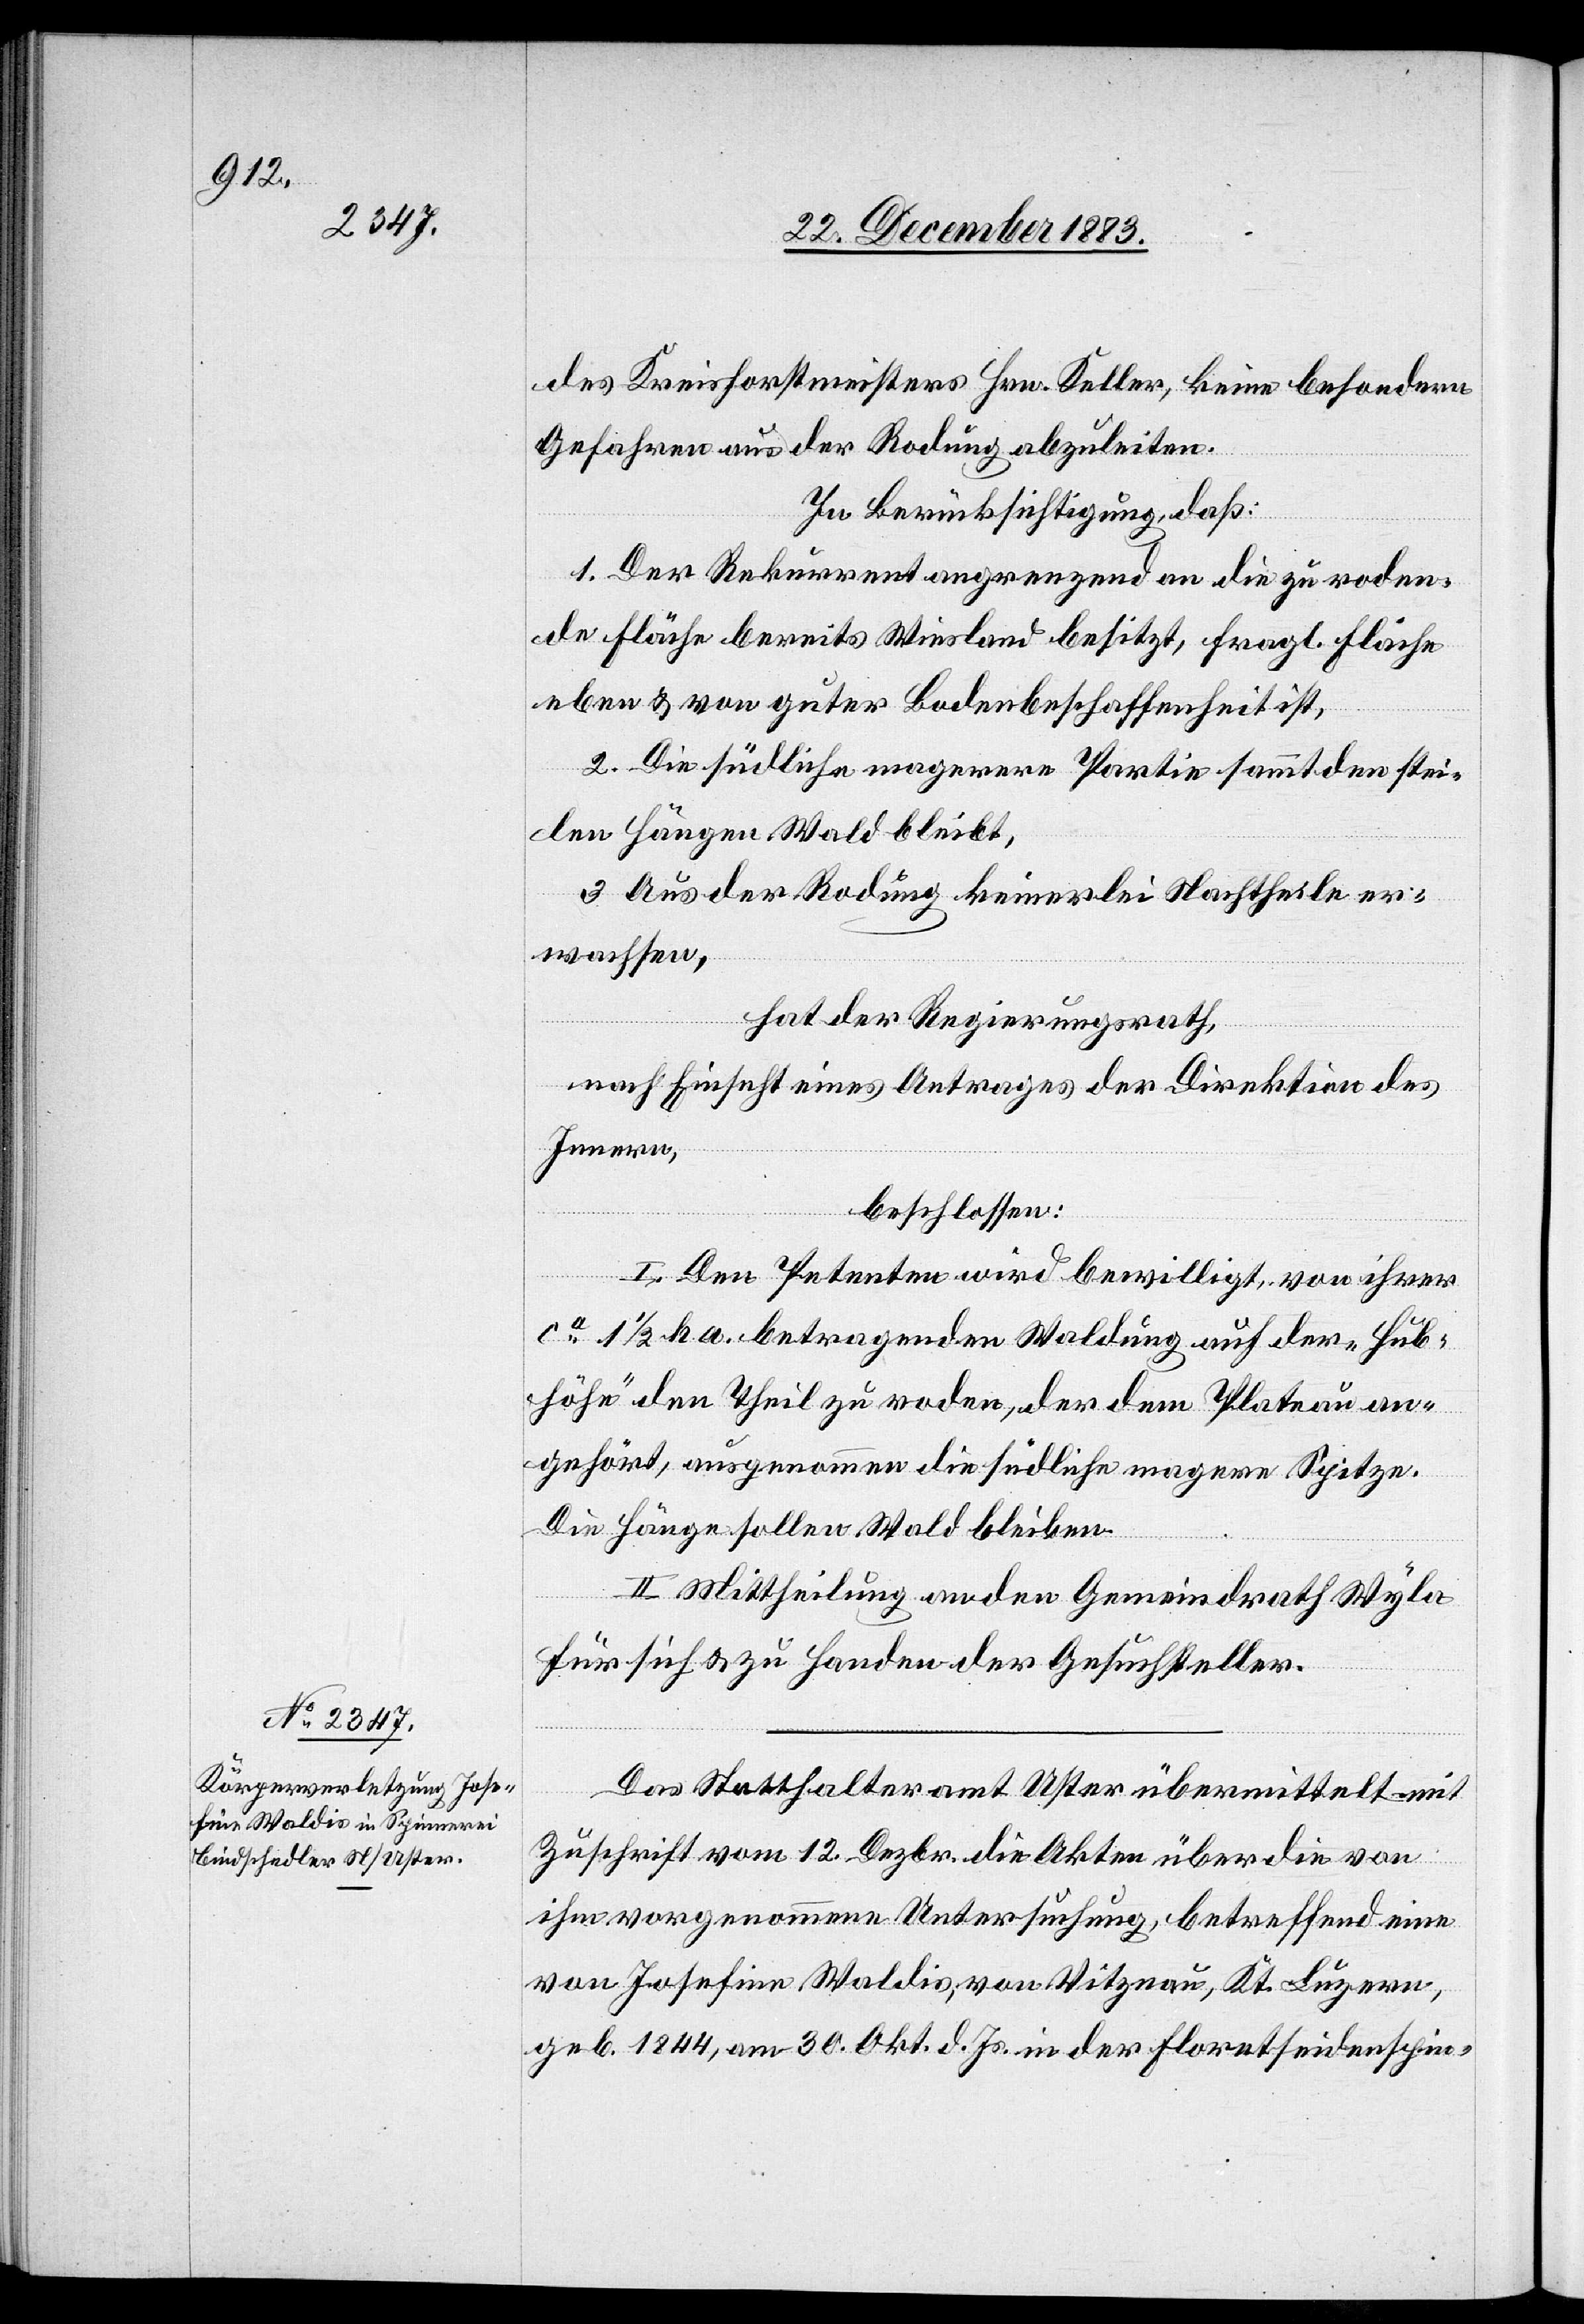
des Kreisforstmeisters Hrn. Keller, keine besondern
Gefahren aus der Rodung abzuleiten.
In Berücksichtigung, daß:
1. Der Rekurrent angrenzend an die zu roden¬
de Fläche bereits Wiesland besitzt, fragl. Fläche
eben & von guter Bodenbeschaffenheit ist,
2. Die südliche magerere Partie sammt den stei¬
len Hängen Wald bleibt,
3. Aus der Rodung keinerlei Nachtheile er¬
wachsen,
hat der Regierungsrath,
nach Einsicht eines Antrages der Direktion des
Innern,
beschlossen:
I. Den Petenten wird bewilligt, von ihrer
ca 1 1/2 ha. betragenden Waldung auf der „Hub¬
höhe“ den Theil zu roden, der dem Plateau an¬
gehört, ausgenommen die südliche magere Spitze.
Die Hänge sollen Wald bleiben.
II. Mittheilung an den Gemeindrath Wyla
für sich & zu Handen der Gesuchsteller.
Das Statthalteramt Uster übermittelt mit
Zuschrift vom 12. Dezbr. die Akten über die von
ihm vorgenommene Untersuchung, betreffend eine
von Josefine Waldis, von Vitznau, Kt. Luzern,
geb. 1844, am 30. Okt. d. Js. in der Floretseidenspin-